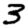
Digit: 3